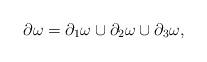
LaTeX: \begin{align*}\partial \omega = \partial_1 \omega \cup \partial_2 \omega \cup \partial_3 \omega,\end{align*}